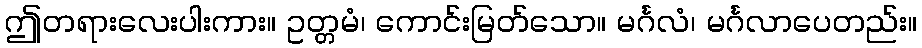
ဤတရားလေးပါးကား။ ဥတ္တမံ၊ ကောင်းမြတ်သော။ မင်္ဂလံ၊ မင်္ဂလာပေတည်း။